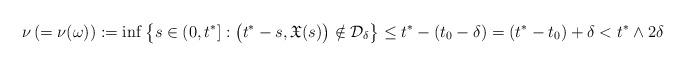
LaTeX: \begin{align*}\ \ \nu \,(=\nu(\omega)):=\inf \big\{s\in (0, t^*] : \big(t^*-s,\mathfrak{X}(s)\big)\notin \mathcal{D}_{\delta} \big\} \le t^*-(t_0-\delta)=(t^*-t_0)+\delta< t^*\wedge 2\delta\end{align*}